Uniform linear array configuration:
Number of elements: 24
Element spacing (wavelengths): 0.25
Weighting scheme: blackman
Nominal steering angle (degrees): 0
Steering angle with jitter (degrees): -1.596
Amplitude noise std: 0.05
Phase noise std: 0.05

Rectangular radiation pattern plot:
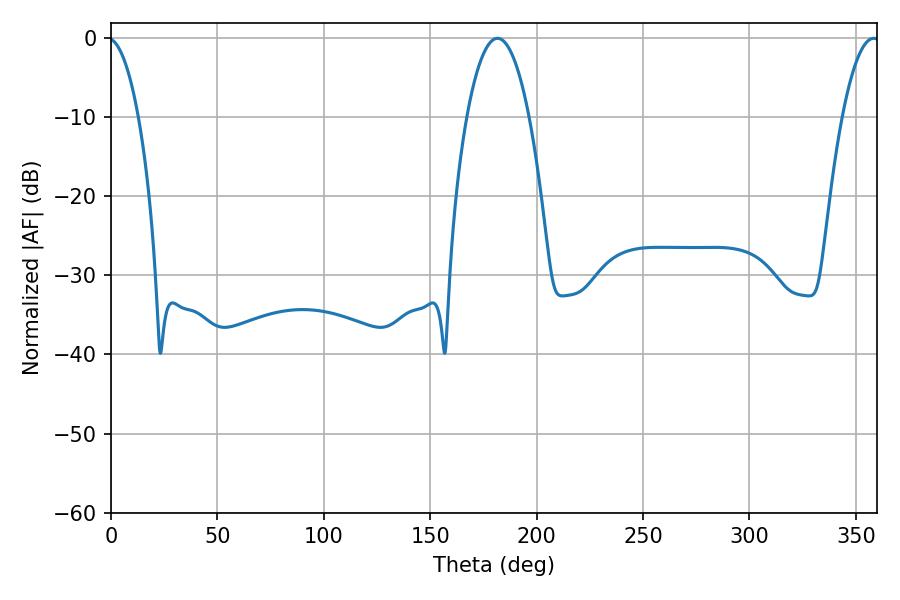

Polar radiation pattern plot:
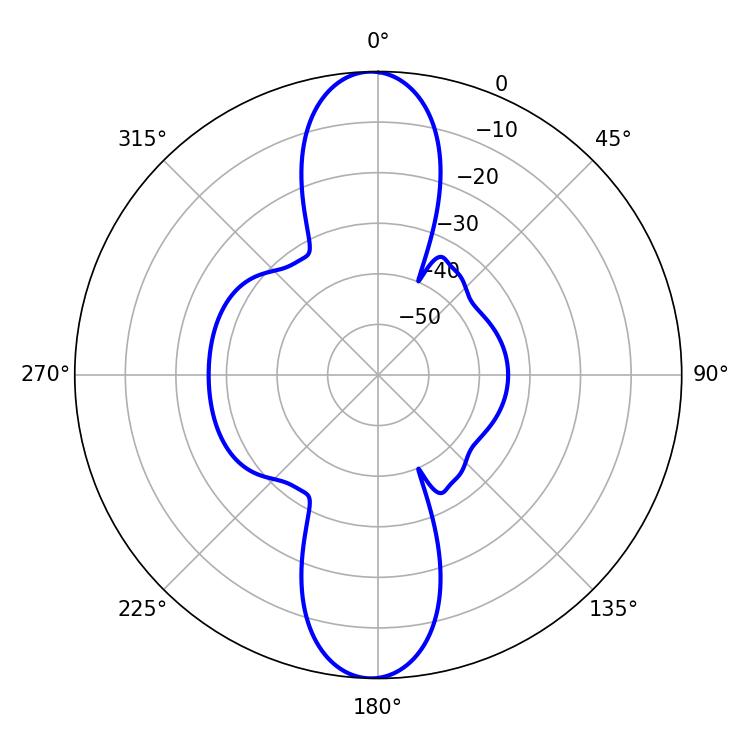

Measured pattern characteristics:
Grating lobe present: FALSE
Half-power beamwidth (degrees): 16.2
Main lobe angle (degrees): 181.62